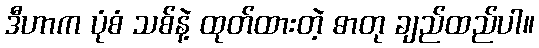
ဒီဟာက ပုံစံ သစ်နဲ့ ထုတ်ထားတဲ့ ဓာတု ချည်ထည်ပါ။